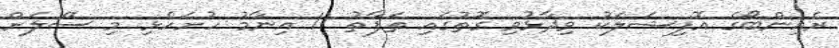
ރެއިންބޯގެ އޮފިޝަލަކު ވިދާޅުވި ގޮތުގައި ތަފާތު 11 އިނާމު ހުށަހެޅި މި ސޭލަށް